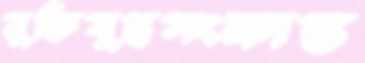
মুক্তিযুদ্ধসংক্রান্ত